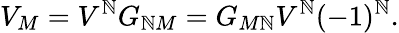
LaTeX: V_{M}=V^{\mathbb{N}}G_{\mathbb{N}M}=G_{M\mathbb{N}}V^{\mathbb{N}}(-1)^{\mathbb{N}}.